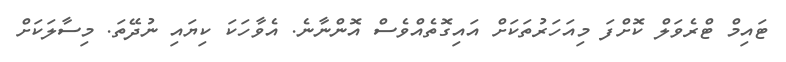
ޓައިމް ޓްރެވަލް ކޮށްފަ މިއަހަރުތަކަށް އައިގޮތެއްވެސް އޮންނާނެ. އެވާހަކަ ކިޔައި ނުދޭތަ. މިސާލަކަށް